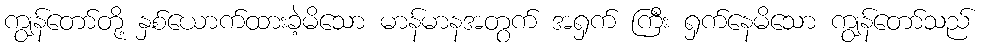
ကျွန်တော်တို့ နှစ်ယောက်ထားခဲ့မိသော မာန်မာနအတွက် အရှက် ကြီး ရှက်နေမိသော ကျွန်တော်သည်